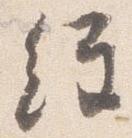
経